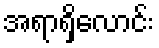
အရာရှိလောင်း